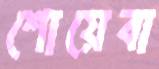
শোয়েবা